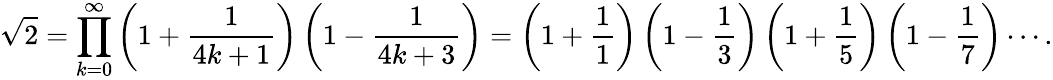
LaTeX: {\sqrt{2}}=\prod_{k=0}^{\infty}\left(1+{\frac{1}{4k+1}}\right)\left(1-{\frac{1}{4k+3}}\right)=\left(1+{\frac{1}{1}}\right)\left(1-{\frac{1}{3}}\right)\left(1+{\frac{1}{5}}\right)\left(1-{\frac{1}{7}}\right)\cdots.